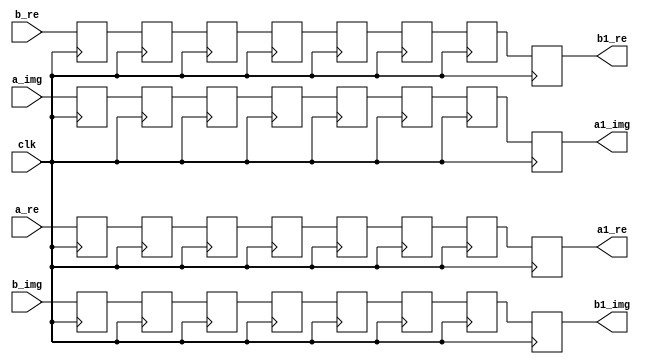
`timescale 1ns / 1ps
//////////////////////////////////////////////////////////////////////////////////
// Company: 
// Engineer: 
// 
// Design Name: 
// Module Name:    buf23 
// Project Name: 
// Target Devices: 
// Tool versions: 
// Description: 
//
// Dependencies: 
//
// Revision: 
// Revision 0.01 - File Created
// Additional Comments: 
//
//////////////////////////////////////////////////////////////////////////////////
module buf23(
    input [31:0] a_re,
    input [31:0] a_img,
    input [31:0] b_re,
    input [31:0] b_img,
    input clk,
    output reg [31:0] a1_re,
    output reg [31:0] a1_img,
    output reg [31:0] b1_re,
    output reg [31:0] b1_img
    );

reg [31:0] n [0:6];
reg [31:0] n1 [0:6];	 
reg [31:0] n2 [0:6];
reg [31:0] n3 [0:6];
always @(posedge clk) begin
n[0]<=a_re;
n[1]<=n[0];
n[2]<=n[1];
n[3]<=n[2];
n[4]<=n[3];
n[5]<=n[4];
n[6]<=n[5];
a1_re<=n[6];
n1[0]<=a_img;
n1[1]<=n1[0];
n1[2]<=n1[1];
n1[3]<=n1[2];
n1[4]<=n1[3];
n1[5]<=n1[4];
n1[6]<=n1[5];
a1_img<=n1[6];
n2[0]<=b_img;
n2[1]<=n2[0];
n2[2]<=n2[1];
n2[3]<=n2[2];
n2[4]<=n2[3];
n2[5]<=n2[4];
n2[6]<=n2[5];
b1_img<=n2[6];
n3[0]<=b_re;
n3[1]<=n3[0];
n3[2]<=n3[1];
n3[3]<=n3[2];
n3[4]<=n3[3];
n3[5]<=n3[4];
n3[6]<=n3[5];
b1_re<=n3[6];
end

endmodule